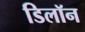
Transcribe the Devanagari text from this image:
डिलॉन